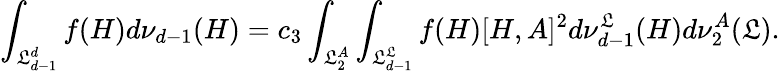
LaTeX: \int_{{\cal\mathfrak{L}}_{d-1}^{d}}f(H)d\nu_{d-1}(H)=c_{3}\int_{{\cal\mathfrak{L}}_{2}^{A}}\int_{{\cal\mathfrak{L}}_{d-1}^{\mathfrak{L}}}f(H)[H,A]^{2}d\nu_{d-1}^{\mathfrak{L}}(H)d\nu_{2}^{A}(\mathfrak{L}).